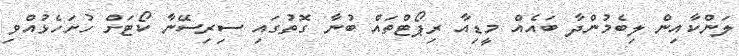
ލަންކާއިން ލިބެމުންދާ ބައެއް މީޑިއާ ރިޕޯޓްތައް ބުނާ ގޮތުގައި ސިރިސޭނާ ކޯޓަށް ހުށަހެޅުއްވި